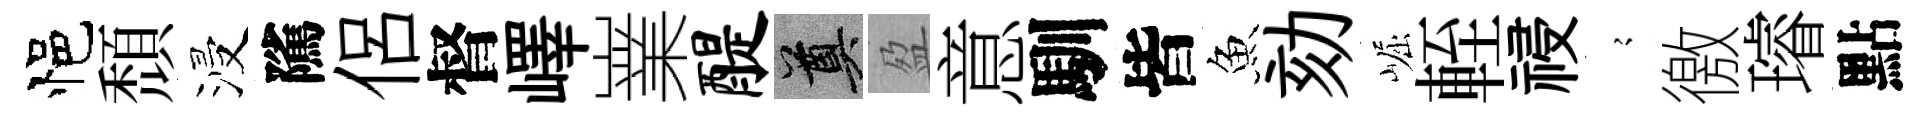
悒頹浸隲侶督嶧嶪醍奠盈意馴皆魚劾崛輊祲𡪹徼璿點